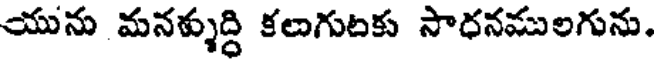
యును మనళ్ళుద్ధి కలుగుటకు సాధనములగును.